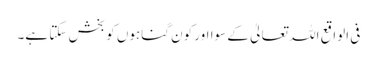
فی الواقع اللہ تعالیٰ کے سوا اور کون گناہوں کو بخش سکتا ہے۔